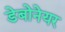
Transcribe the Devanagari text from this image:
डेबोनेयर